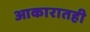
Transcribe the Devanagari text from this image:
आकारातही